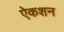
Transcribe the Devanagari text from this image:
ऐकशन